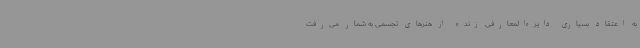
به اعتقاد بسیاری دایره‌المعارفی زنده از هنرهای تجسمی به شمار می‌رفت